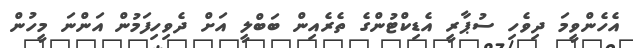
އެހެންވީމަ ދިވެހި ސުޕާރީ އެޑިކްޓުންގެ ތެރެއިން ބަބްލީ އަށް ދެވިހިފަމުން އަންނަ މީހުން